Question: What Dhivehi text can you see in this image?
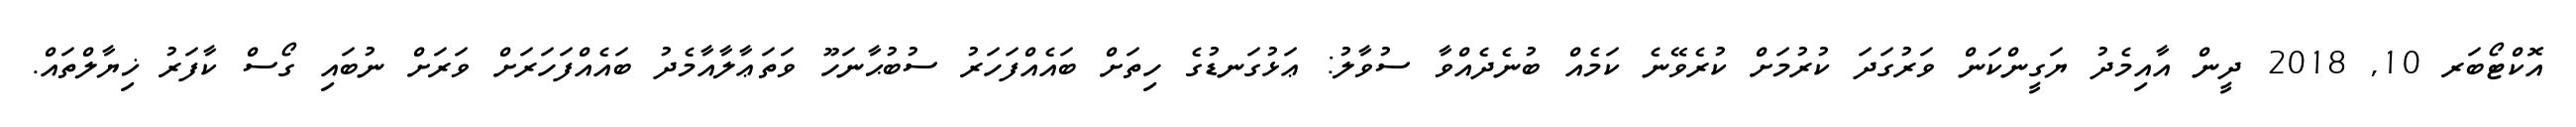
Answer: އޮކްޓޯބަރ 10, 2018 ދީން އާއިމެދު ޔަގީންކަން ވަރުގަދަ ކުރުމަށް ކުރެވޭނެ ކަމެއް ބުނެދެއްވާ ސުވާލު: ޢަޅުގަނޑުގެ ހިތަށް ބައެއްފަހަރު ސުބުޙާނަހޫ ވަތަޢާލާއާމެދު ބައެއްފަހަރަށް ވަރަށް ނުބައި ގޯސް ކާފަރު ޚިޔާލްތައް.